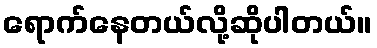
ရောက်နေတယ်လို့ဆိုပါတယ်။